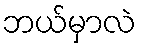
ဘယ်မှာလဲ